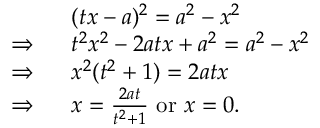
{ \begin{array} { r l } & { ( t x - a ) ^ { 2 } = a ^ { 2 } - x ^ { 2 } } \\ { \Rightarrow \ \ } & { t ^ { 2 } x ^ { 2 } - 2 a t x + a ^ { 2 } = a ^ { 2 } - x ^ { 2 } } \\ { \Rightarrow \ \ } & { x ^ { 2 } ( t ^ { 2 } + 1 ) = 2 a t x } \\ { \Rightarrow \ \ } & { x = { \frac { 2 a t } { t ^ { 2 } + 1 } } { \mathrm { ~ o r ~ } } x = 0 . } \end{array} }